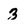
Character: 3